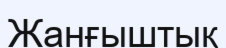
Жанғыштық